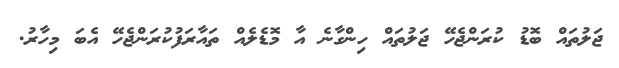
ޖަލުތައް ބޮޑު ކުރަންޖެހޭ ޖަލުތައް ހިންގާނެ އާ މޮޑެލެއް ތައާރަފުކުރަންޖެހޭ އެބަ މިހާރު.